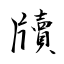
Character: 牘